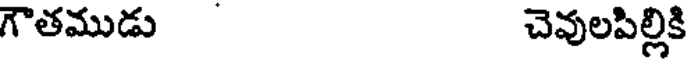
గౌతముడు చెవులపిల్లికి